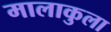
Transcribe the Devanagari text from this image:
मालाकुला